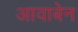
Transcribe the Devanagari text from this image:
आवाबेन